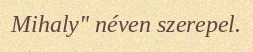
Mihaly" néven szerepel.